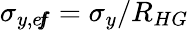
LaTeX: \sigma_{y,e\! f\! \! f}=\sigma_{y}/R_{HG}